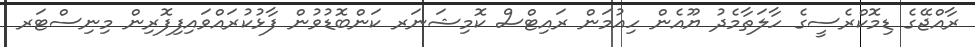
ރާއްޖޭގެ ޑިމޮކްރެސީގެ ހާލަތާމެދު ޔޫއެން ހިއުމަން ރައިޓްސް ކޮމިޝަނަރ ކަންބޮޑުވުން ފާޅުކުރައްވައިފިފޮރިން މިނިސްޓަރ